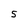
Character: 5